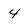
Character: 4